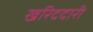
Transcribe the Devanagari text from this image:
खरिददारी